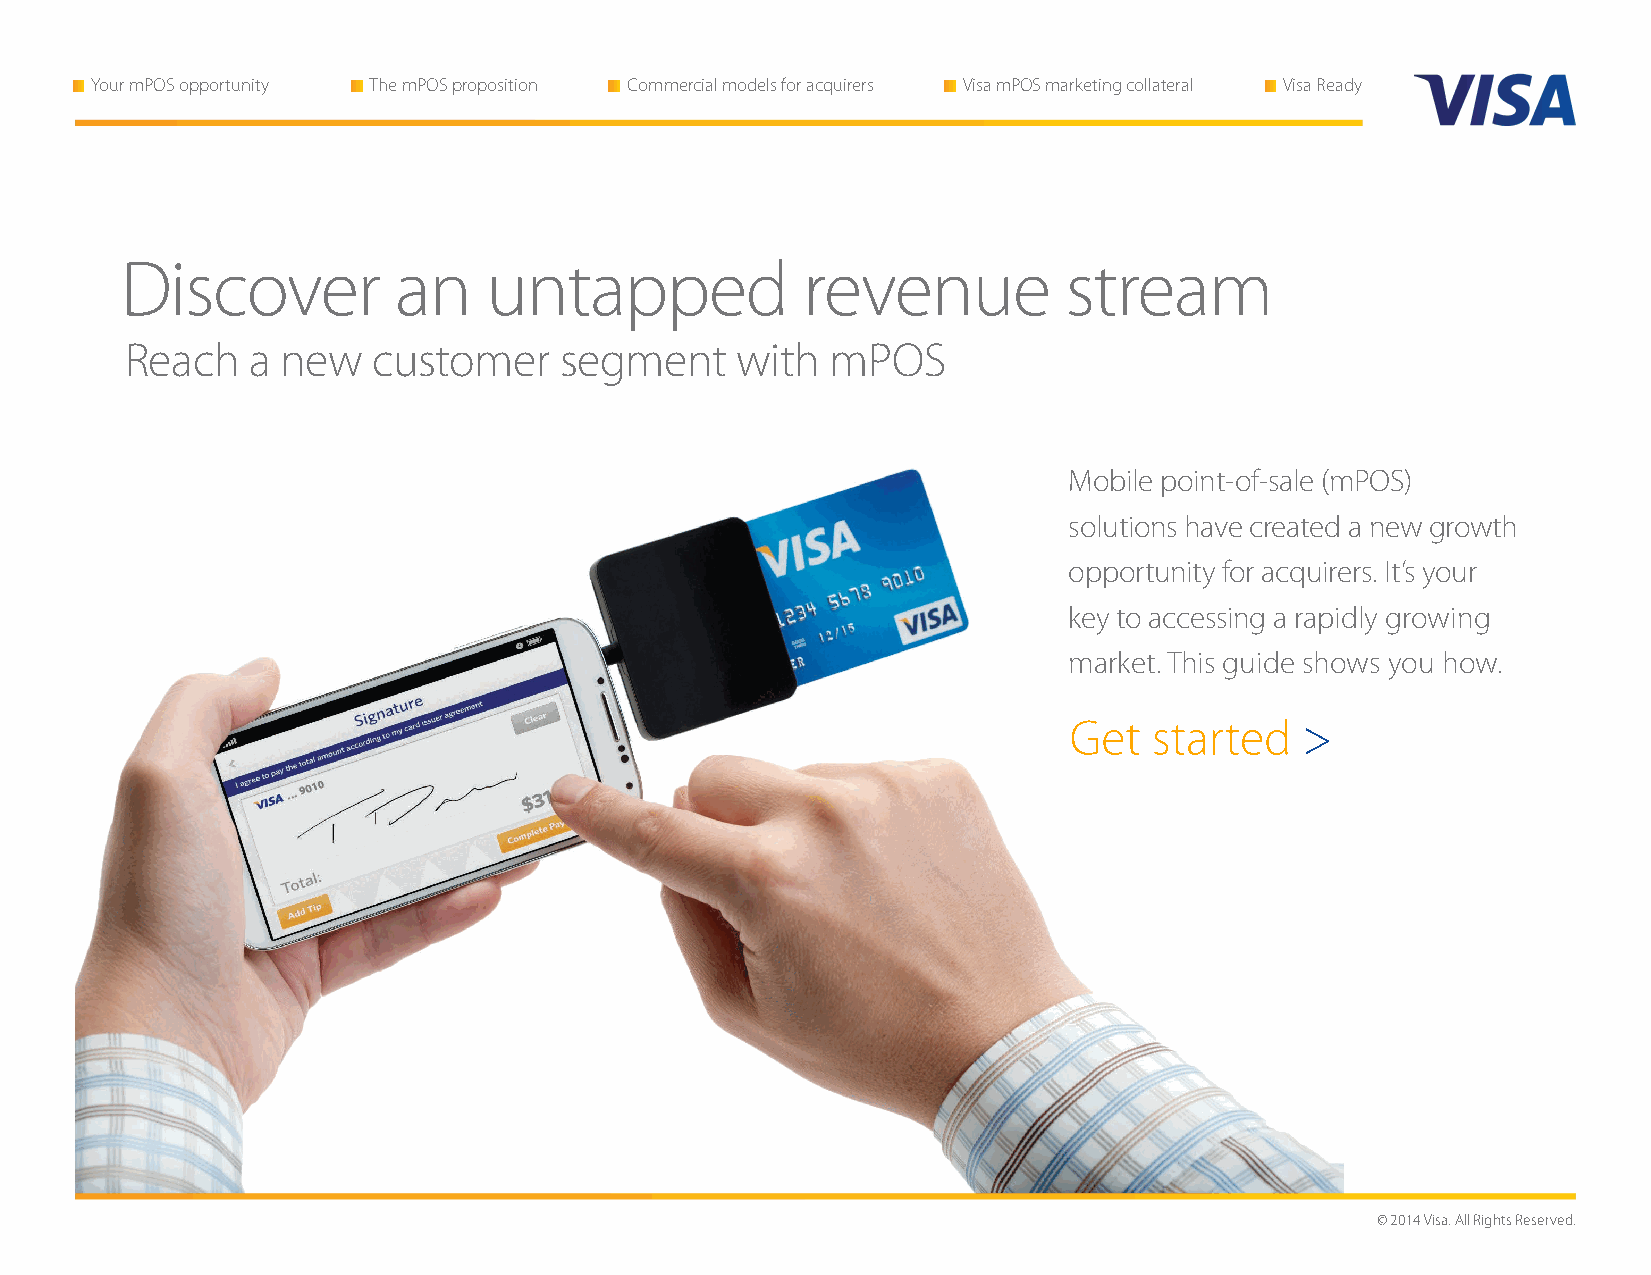
Your mPOS opportunity The mPOS proposition Commercial models for acquirers Visa mPOS marketing collateral Visa Ready
 Discover          an    untapped             revenue           stream
 Reach   a  new   customer    segment     with  mPOS
 Mobile point-of-sale (mPOS)
 solutions have created a new growth
 opportunity for acquirers. It’s your
 key to accessing a rapidly growing
 market. This guide shows you how.
 Get  started   >
 © 2014 Visa. All Rights Reserved.